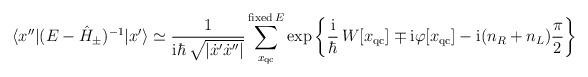
LaTeX: \begin{align*}\langle x''|(E-\hat{H}_{\pm})^{-1}|x'\rangle\simeq\frac{1}{{\rm i}\hbar\,\sqrt{|\dot{x}'\dot{x}''|}}\sum_{x_{\rm qc}}^{{\rm fixed}\,E}\exp\left\{\frac{{\rm i}}{\hbar}\,W[x_{\rm qc}]\mp{\rm i}\varphi [x_{\rm qc}]-{\rm i}(n_{R}+n_{L})\frac{\pi}{2}\right\}\end{align*}